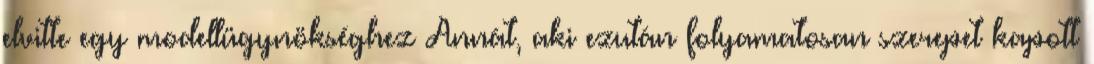
elvitte egy modellügynökséghez Annát, aki ezután folyamatosan szerepet kapott